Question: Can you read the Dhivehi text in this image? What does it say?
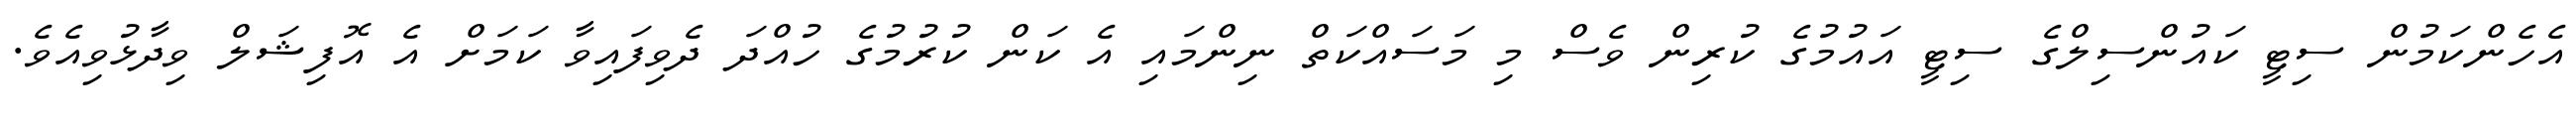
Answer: އެހެންކަމުން ސިޓީ ކައުންސިލްގެ ސިޓީ އައުމުގެ ކުރިން ވެސް މި މަސައްކަތް ނިންމައި އެ ކަން ކުރުމުގެ ހުއްދަ ދެވިފައިވާ ކަމަށް އެ އޮފިޝަލް ވިދާޅުވިއެވެ.